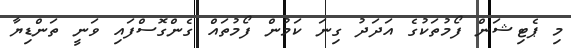
މި ޕެޓިޝަން ފޯމުތަކުގެ އަދަދު ގިނަ ކަމުން ފޯމުތައް ގެންގޮސްފައި ވަނީ ތަންޑިޔާ